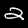
Label: 2